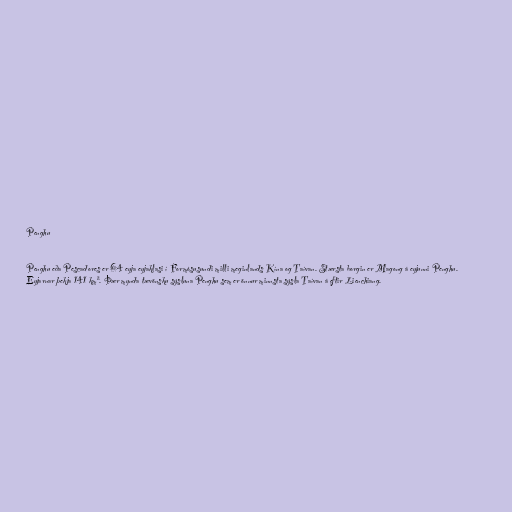
Penghu

Penghu eða Pescadores er 64 eyja eyjaklasi í Formósusundi milli meginlands Kína og Taívan. Stærsta borgin er Magong á eyjunni Penghu.
Eyjarnar þekja 141 km². Þær mynda tævönsku sýsluna Penghu sem er önnur minnsta sýsla Taívan á eftir Lienchiang.